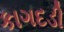
કાગદડી